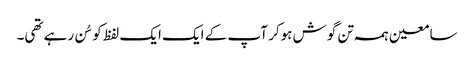
سامعین ہمہ تن گوش ہوکر آپ کے ایک ایک لفظ کو سُن رہے تھی۔